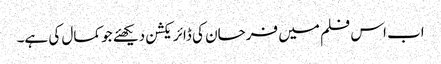
اب اس فلم میں فرحان کی ڈائریکشن دیکھئے جو کمال کی ہے۔